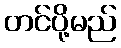
တင်ပို့မည်